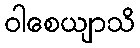
ဝါစေယျာသိ